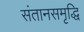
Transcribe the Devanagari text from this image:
संतानसमृद्धि